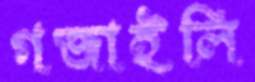
গজাইলি